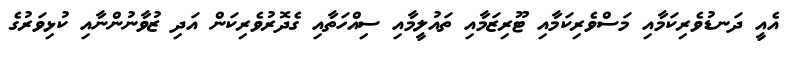
އެއީ ދަނޑުވެރިކަމާއި މަސްވެރިކަމާއި ޓޫރިޒަމާއި ތައުލީމާއި ސިއްހަތާއި ގެދޮރުވެރިކަން އަދި ޒުވާނުންނާއި ކުޅިވަރުގެ